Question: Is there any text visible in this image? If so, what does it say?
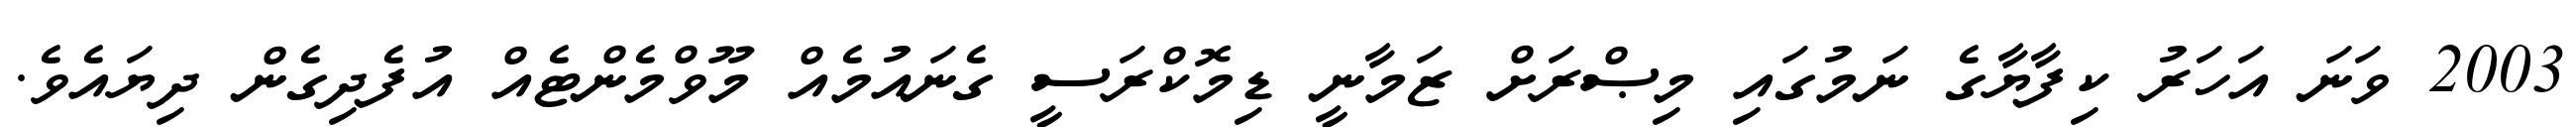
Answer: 2003 ވަނަ އަހަރު ކިފާޔާގެ ނަމުގައި މިޞްރަށް ޒަމާނީ ޑިމޮކްރަސީ ގެނައުމެއް މޫވްމެންޓެއް އުފެދިގެން ދިޔައެވެ.